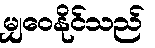
မျှဝေနိုင်သည်